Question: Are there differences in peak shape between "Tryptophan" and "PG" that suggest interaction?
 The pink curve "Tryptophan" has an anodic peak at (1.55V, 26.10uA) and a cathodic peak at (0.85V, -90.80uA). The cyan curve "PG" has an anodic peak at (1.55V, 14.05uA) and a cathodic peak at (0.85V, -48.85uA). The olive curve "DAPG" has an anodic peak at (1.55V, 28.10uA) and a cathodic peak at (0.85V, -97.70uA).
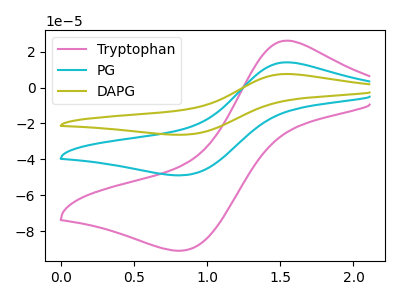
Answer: <think>All the peaks in "Tryptophan" have a peak in "PG" at the same potential. Every peak in "Tryptophan" is higher than every peak in "PG".
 </think>
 <answer>No, "Tryptophan" and "PG" don't appear to be significantly different in shape</answer>
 <eval>no_change</eval>